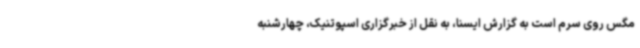
مگس روی سرم است به گزارش ایسنا، به نقل از خبرگزاری اسپوتنیک، چهارشنبه